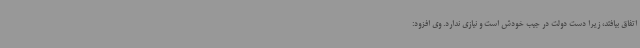
اتفاق بیافتد، زیرا دست دولت در جیب خودش است و نیازی ندارد. وی افزود: